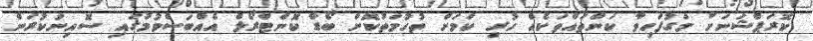
ކޮރަޕްޝަނަށް މަގުފަހިވާ ކަންތައްތަކެއް ހުރި ކަމަށް ތުހުމަތުކޮށް ބޯޑާ ކޮންޓްރޯލް އެއްބަސްވުމުގައި ސޮއިނުކުރަން